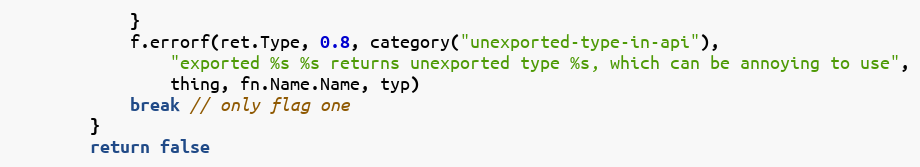
Language: Go
			}
			f.errorf(ret.Type, 0.8, category("unexported-type-in-api"),
				"exported %s %s returns unexported type %s, which can be annoying to use",
				thing, fn.Name.Name, typ)
			break // only flag one
		}
		return false